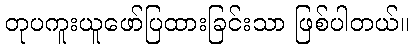
တုပကူးယူဖော်ပြထားခြင်းသာ ဖြစ်ပါတယ်။